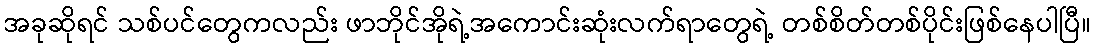
အခုဆိုရင် သစ်ပင်တွေကလည်း ဖာဘိုင်အိုရဲ့အကောင်းဆုံးလက်ရာတွေရဲ့ တစ်စိတ်တစ်ပိုင်းဖြစ်နေပါပြီ။